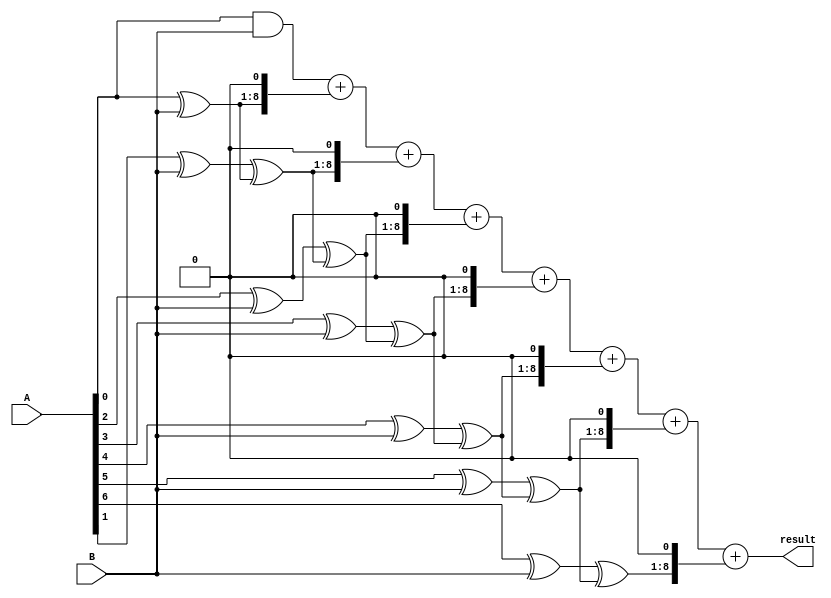
module Baugh_Wooley_Multiplier (
    input wire [7:0] A,
    input wire [7:0] B,
    output reg [15:0] result
);

reg [7:0] partial_products [7:0];
reg [15:0] partial_results [15:0];

assign partial_results[0] = A[0] & B;
assign partial_products[0] = A[0] ^ B;

genvar i;

generate
    for (i = 1; i < 8; i = i+1) begin : partial_product_generation
        assign partial_results[i] = partial_results[i-1] + (partial_products[i-1] << 1);
        assign partial_products[i] = (A[i] ^ B) ^ partial_products[i-1];
    end
endgenerate

always @* begin
    result = partial_results[7];
end

endmodule